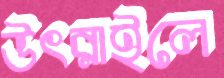
উৎরাইলে